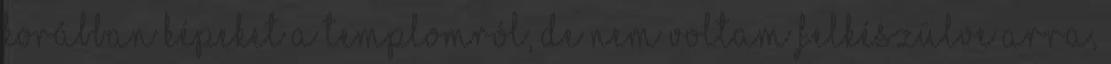
korábban képeket a templomról, de nem voltam felkészülve arra,